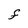
Character: F